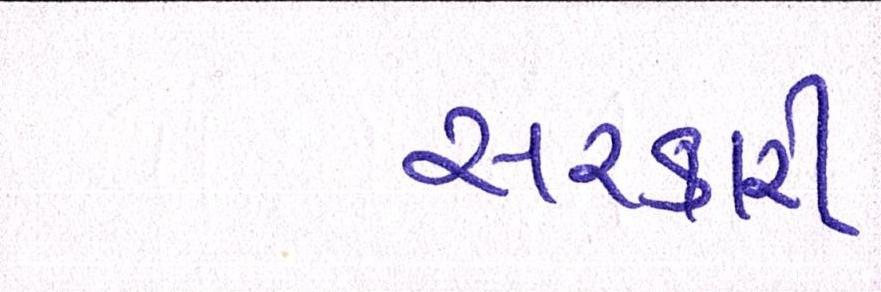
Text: સરકારી